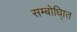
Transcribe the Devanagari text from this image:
सम्बोधि्ात